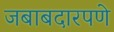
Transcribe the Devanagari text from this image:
जबाबदारपणे